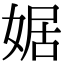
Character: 婮